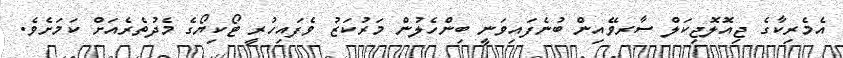
އެމެރިކާގެ ޖިއޮލޮޖިކަލް ސާރވޭއިން ބުނެފައިވަނީ ބިންހެލުން މަރުކަޒު ވެފައިހުރީ ޓޯކިޔޯގެ މެދުތެރެއަށް ކަމަށެވެ.